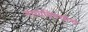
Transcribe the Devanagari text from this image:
नाचाविषयीचे